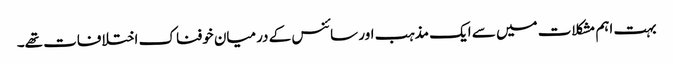
بہت اہم مشکلات میں سے ایک مذہب اور سائنس کے درمیان خوفناک اختلافات تھے۔